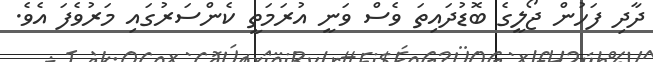
ދާދި ފަހުން ޖޯލީގެ ބޮޑުދައިތަ ވެސް ވަނީ އުރަމަތީ ކެންސަރުގައި މަރުވެފަ އެވެ.